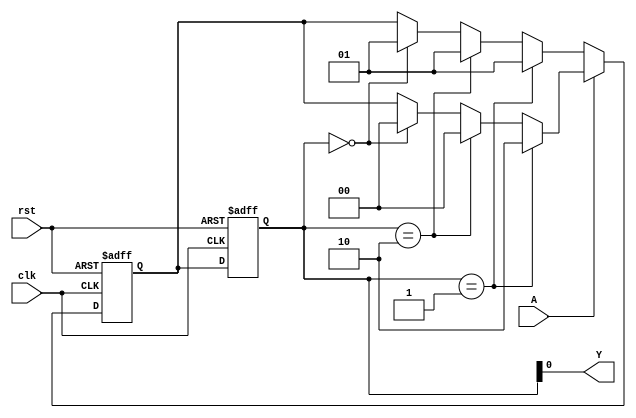
module zero_one_detector(A,Y,clk,rst);
   input A;
   input clk;
   input rst;
   output  Y;

   parameter S0=2'b00;
   parameter S1=2'b01;
   parameter S2=2'b10;

   reg [1:0] currentstate;
   reg [1:0] nextstate;
 
always@(posedge clk,posedge rst)
      if(rst)
       begin
        currentstate<=S0;
        nextstate<=S0;
       end
      else
        begin
         if(A)
           begin
             if(currentstate==S1)
                  nextstate<=S2;
             else if(currentstate==S2) 
                  nextstate<=S0;
             else if(currentstate==S0)
                  nextstate<=S0;
           end
         else if(!A)
           begin
            if(currentstate==S1)
             nextstate<=S1;
            else if (currentstate==S2)
             nextstate<=S1;
            else if(currentstate==S0)
             nextstate<=S1;
           end
        currentstate<=nextstate;
        end     
     assign Y=(currentstate[0]);
endmodule